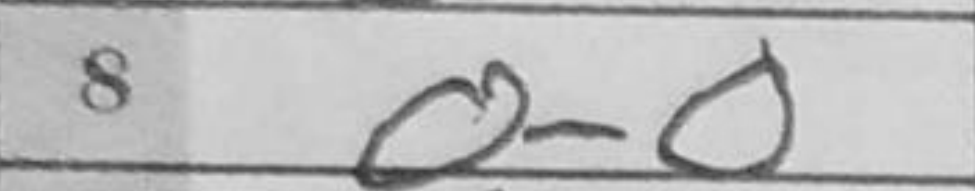
Transcription: O-O